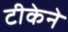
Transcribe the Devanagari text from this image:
टीकेने